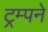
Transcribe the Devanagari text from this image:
ट्रम्पने